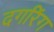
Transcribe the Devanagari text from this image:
दगरिंग